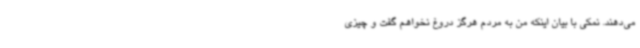
می‌دهند. نمکی با بیان اینکه من به مردم هرگز دروغ نخواهم گفت و چیزی